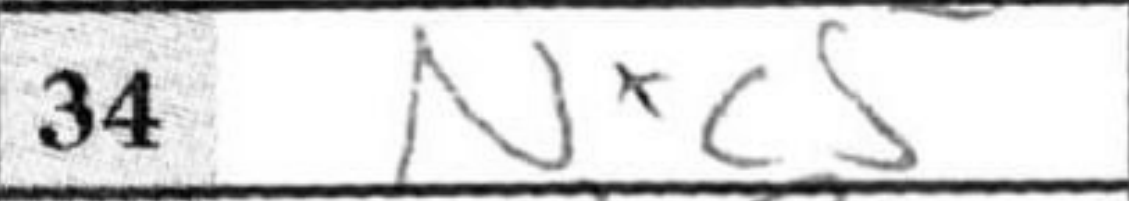
Transcription: Nxc5